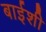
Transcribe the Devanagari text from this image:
बाईशी